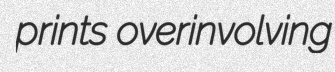
prints overinvolving